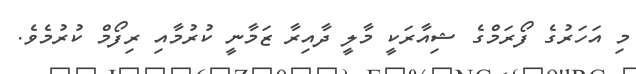
މި އަހަރުގެ ފޯރަމްގެ ޝިއާރަކީ މާލީ ދާއިރާ ޒަމާނީ ކުރުމާއި ރިފޯމް ކުރުމެވެ.